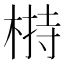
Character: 𣖖